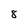
Character: 8